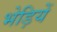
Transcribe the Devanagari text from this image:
भेड़ियें